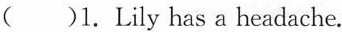
( )1.Lily has a headache.